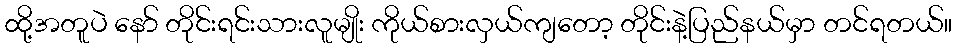
ထို့အတူပဲ နော် တိုင်းရင်းသားလူမျိုး ကိုယ်စားလှယ်ကျတော့ တိုင်းနဲ့ပြည်နယ်မှာ တင်ရတယ်။